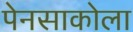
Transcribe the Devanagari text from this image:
पेनसाकोला